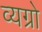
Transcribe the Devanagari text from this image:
व्यग्रो